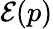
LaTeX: \mathcal{E}(p)